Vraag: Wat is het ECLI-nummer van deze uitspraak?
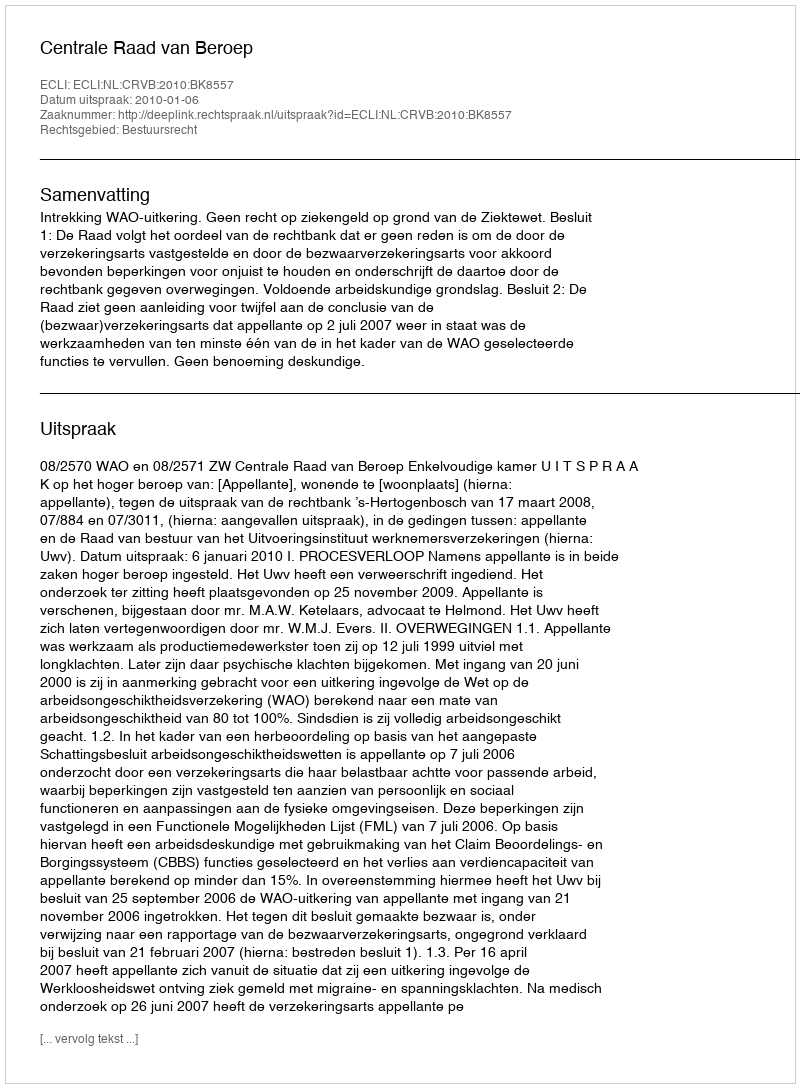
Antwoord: ECLI:NL:CRVB:2010:BK8557